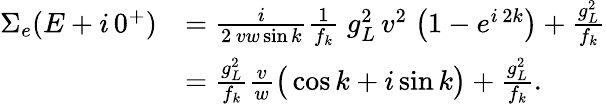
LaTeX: \begin{array}{rl}{\Sigma_{e}(E+i\, 0^{+})}&{=\frac{i}{2\, vw\sin{k}}\frac{1}{f_{k}}\; g_{L}^{2}\, v^{2}\; \big(1-e^{i\, 2k}\big)+\frac{g_{L}^{2}}{f_{k}}}\\ &{=\frac{g_{L}^{2}}{f_{k}}\frac{v}{w}\big(\cos{k}+i\sin{k}\big)+\frac{g_{L}^{2}}{f_{k}}.}\end{array}